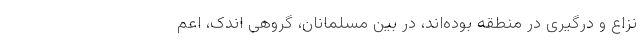
نزاع و درگیری در منطقه بوده‌اند، در بین مسلمانان، گروهی اندک، اعم